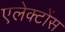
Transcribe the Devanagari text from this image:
एलेक्टोंस